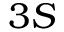
3 S